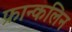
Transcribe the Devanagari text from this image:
फ्रान्कलिन